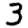
Digit: 3